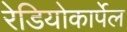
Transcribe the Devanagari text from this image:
रेडियोकार्पेल